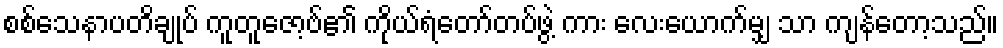
စစ်သေနာပတိချုပ် ကူတူဇော့ဗ်၏ ကိုယ်ရံတော်တပ်ဖွဲ့ ကား လေးယောက်မျှ သာ ကျန်တော့သည်။